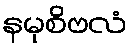
နမုစိဗလံ